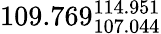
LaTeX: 109.769_{107.044}^{114.951}